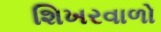
શિખરવાળો